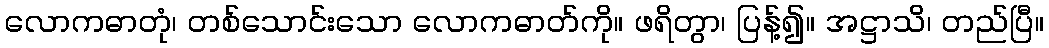
လောကဓာတုံ၊ တစ်သောင်းသော လောကဓာတ်ကို။ ဖရိတွာ၊ ပြန့်၍။ အဋ္ဌာသိ၊ တည်ပြီ။